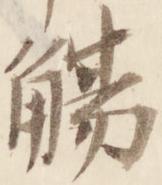
觴